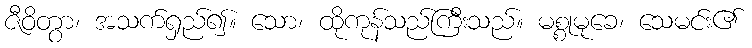
ဇီဝိတွာ၊ အသက်ရှည်၍။ သော၊ ထိုကုန်သည်ကြီးသည်။ မစ္စုမုခေ၊ သေမင်း၏